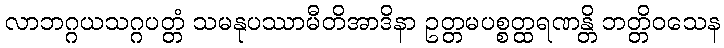
လာဘဂ္ဂယသဂ္ဂပတ္တံ သမနုပဿာမီတိအာဒိနာ ဥတ္တမပစ္စတ္ထရဏန္တိ ဘတ္တိဝသေန